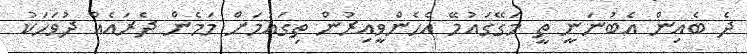
ދެ ބެއިން އެބުނަނީ ތީ މަގޭގައުމޭ އެެހެންވީއިރުން ތިގައުމަށް މަމެން ދެރައެއް ދުވަހަކު